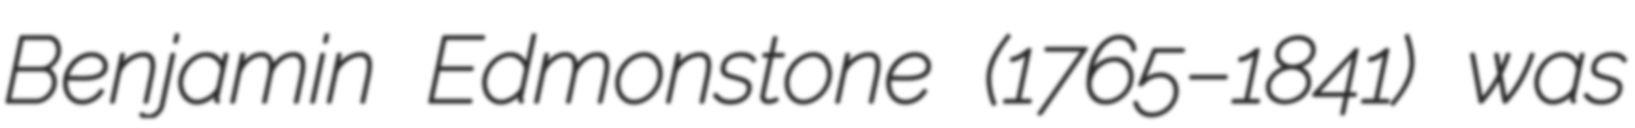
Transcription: Benjamin Edmonstone (1765–1841) was